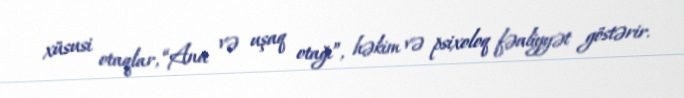
xüsusi otaqlar, “Ana və uşaq otağı”, həkim və psixoloq fəaliyyət göstərir.